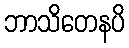
ဘာသိတေနပိ